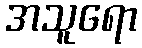
အသူရော